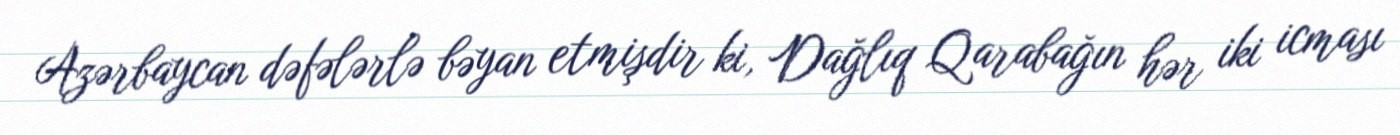
Azərbaycan dəfələrlə bəyan etmişdir ki, Dağlıq Qarabağın hər iki icması